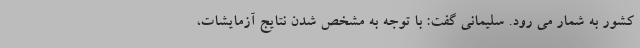
کشور به شمار می رود. سلیمانی گفت: با توجه به مشخص شدن نتایج آزمایشات،